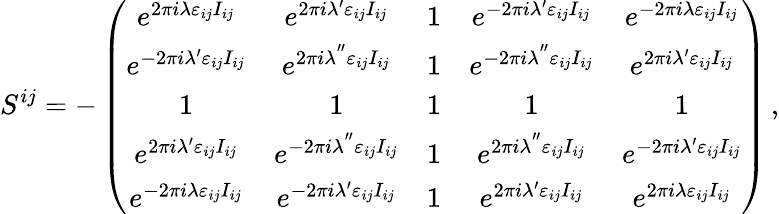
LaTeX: S^{ij}=-\left(\begin{array}{ccccc}{{e^{2\pi i\lambda\varepsilon_{ij}I_{ij}}}}&{{e^{2\pi i\lambda^{\prime}\varepsilon_{ij}I_{ij}}}}&{{1}}&{{e^{-2\pi i\lambda^{\prime}\varepsilon_{ij}I_{ij}}}}&{{e^{-2\pi i\lambda\varepsilon_{ij}I_{ij}}}}\\ {{e^{-2\pi i\lambda^{\prime}\varepsilon_{ij}I_{ij}}}}&{{e^{2\pi i\lambda^{^{\prime\prime}}\varepsilon_{ij}I_{ij}}}}&{{1}}&{{e^{-2\pi i\lambda^{^{\prime\prime}}\varepsilon_{ij}I_{ij}}}}&{{e^{2\pi i\lambda^{\prime}\varepsilon_{ij}I_{ij}}}}\\ {{1}}&{{1}}&{{1}}&{{1}}&{{1}}\\ {{e^{2\pi i\lambda^{\prime}\varepsilon_{ij}I_{ij}}}}&{{e^{-2\pi i\lambda^{^{\prime\prime}}\varepsilon_{ij}I_{ij}}}}&{{1}}&{{e^{2\pi i\lambda^{^{\prime\prime}}\varepsilon_{ij}I_{ij}}}}&{{e^{-2\pi i\lambda^{\prime}\varepsilon_{ij}I_{ij}}}}\\ {{e^{-2\pi i\lambda\varepsilon_{ij}I_{ij}}}}&{{e^{-2\pi i\lambda^{\prime}\varepsilon_{ij}I_{ij}}}}&{{1}}&{{e^{2\pi i\lambda^{\prime}\varepsilon_{ij}I_{ij}}}}&{{e^{2\pi i\lambda\varepsilon_{ij}I_{ij}}}}\end{array}\right)\, ,